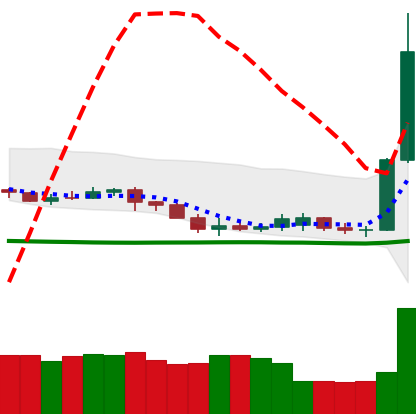
Ticker: DOGE-USD
Chart end date: 2020-07-07
Forward return: 17.476%
Label: up_7plus